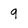
Character: 9